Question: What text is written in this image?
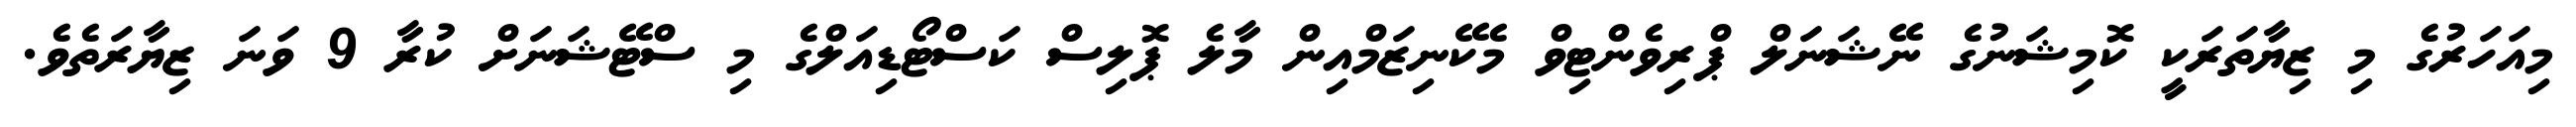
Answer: މިއަހަރުގެ މި ޒިޔާތަރަކީ ކޮމިޝަނުގެ ނޭޝަނަލް ޕްރިވެންޓިވް މެކޭނިޒަމްއިން މާލެ ޕޮލިސް ކަސްޓޯޑިއަލްގެ މި ސްޓޭޝަނަށް ކުރާ 9 ވަނަ ޒިޔާރަތެވެ.